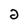
Character: 2